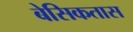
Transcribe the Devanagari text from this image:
बेसिकतास